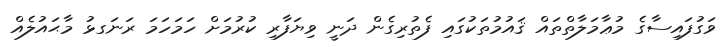
ވަގުފައިސާގެ މުޢާމަލާތްތައް ޤައުމުތަކުގައި ފެތުރިގެން ދަނީ ވިޔަފާރި ކުރުމަށް ހަމަހަމަ ރަނަގޅު މާޙައުލެއް